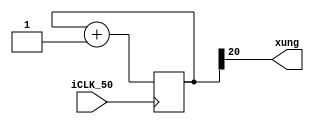

module bochiatan(input iCLK_50,output xung);
reg [31:0] giatriluutru=32'h00000000;

always @(posedge iCLK_50)
             begin
             
             giatriluutru=giatriluutru+1;
              
             end
             
             
assign xung=giatriluutru[20];
endmodule